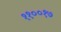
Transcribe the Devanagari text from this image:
११००१७